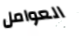
العوامل